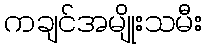
ကချင်အမျိုးသမီး